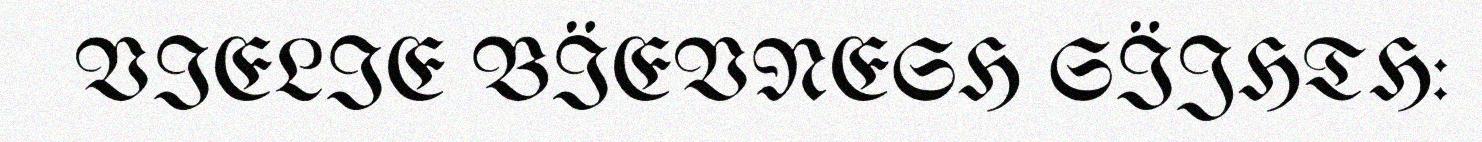
VIELIE BÏEVNESH SÏJHTH: